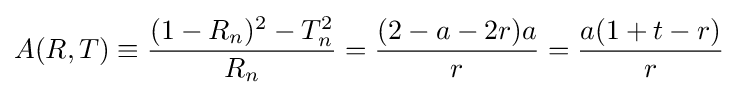
A(R,T)\equiv {\frac {(1-R_{n})^{2}-T_{n}^{2}}{R_{n}}}={\frac {(2-a-2r)a}{r}}={\frac {a(1+t-r)}{r}}